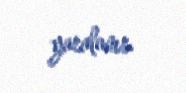
yaralanır.